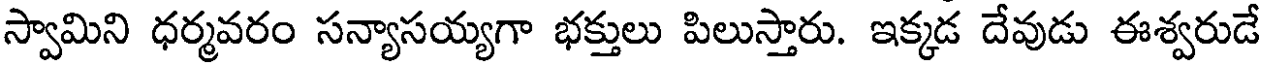
స్వామిని ధర్మవరం సన్యాసయ్యగా భక్తులు పిలుస్తారు. ఇక్కడ దేవుడు ఈశ్వరుడే